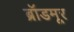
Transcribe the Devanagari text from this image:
ब्रॉडमूर